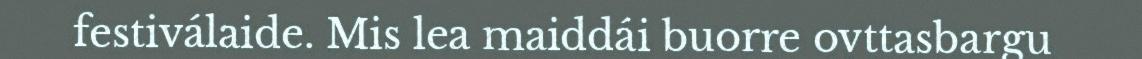
festiválaide. Mis lea maiddái buorre ovttasbargu